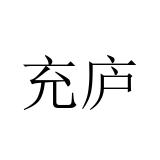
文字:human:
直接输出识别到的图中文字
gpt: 充庐